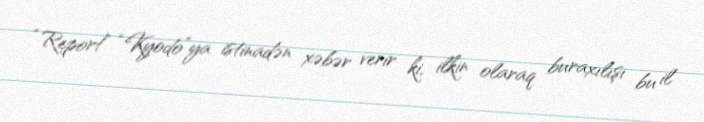
“Report” “Kyodo”ya istinadən xəbər verir ki, ilkin olaraq buraxılışı bu il